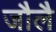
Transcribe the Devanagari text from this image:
जौलै